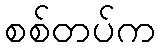
စစ်တပ်က